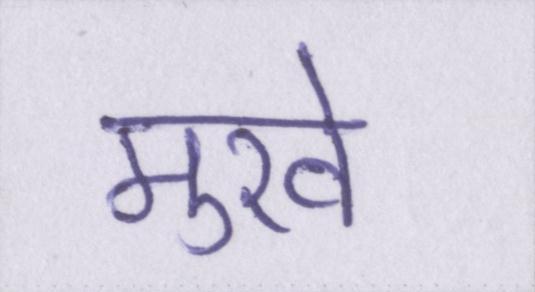
मुखे